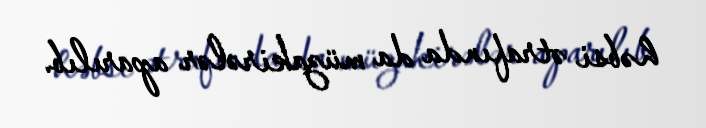
həbsi ətrafında da müzakirələr aparılıb.